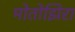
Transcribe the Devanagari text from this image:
मोतोझिरा